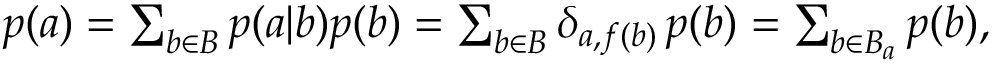
\begin{array} { r } { p ( a ) = \sum _ { b \in B } p ( a | b ) p ( b ) = \sum _ { b \in B } \delta _ { a , f ( b ) } \, p ( b ) = \sum _ { b \in B _ { a } } p ( b ) , } \end{array}